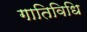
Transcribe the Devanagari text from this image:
गातिविधि